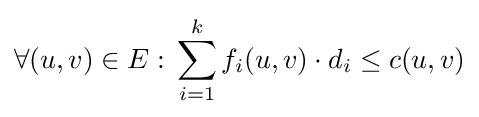
\forall (u,v)\in E:\,\sum _{i=1}^{k}f_{i}(u,v)\cdot d_{i}\leq c(u,v)